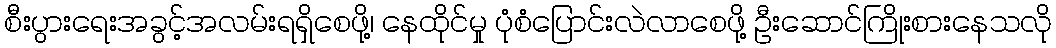
စီးပွားရေးအခွင့်အလမ်းရရှိစေဖို့၊ နေထိုင်မှု ပုံစံပြောင်းလဲလာစေဖို့ ဦးဆောင်ကြိုးစားနေသလို